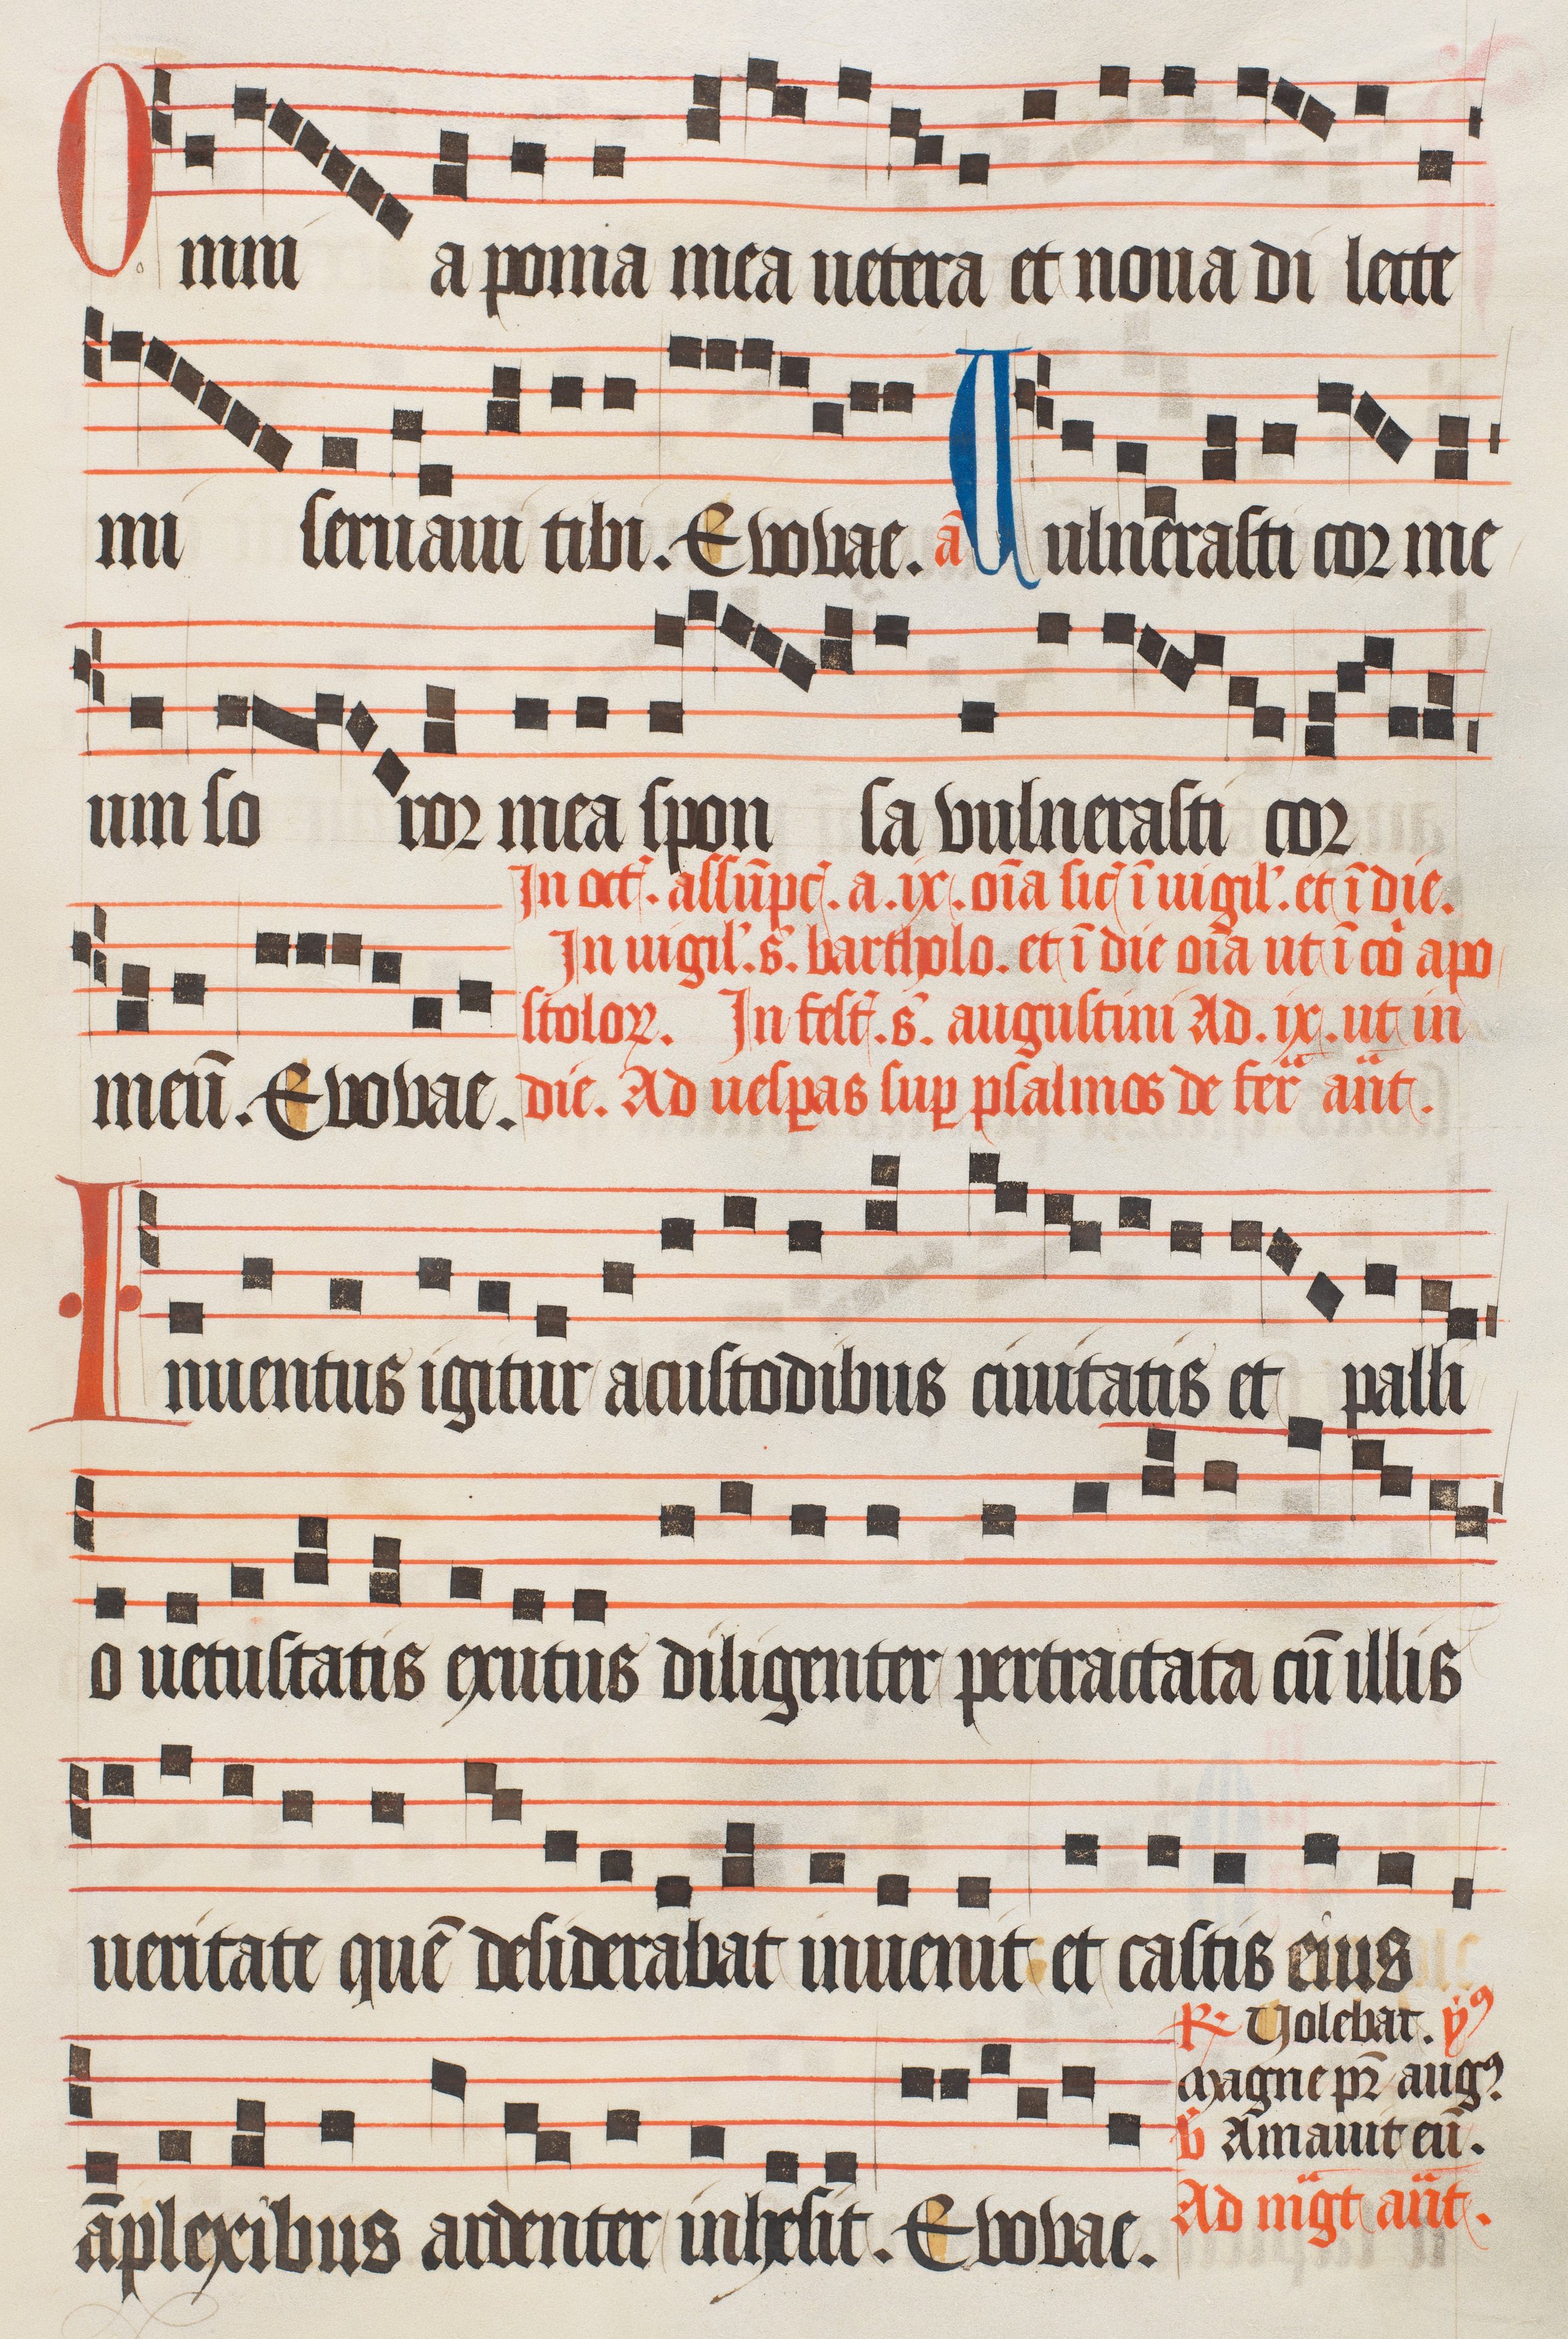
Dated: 1474–1505